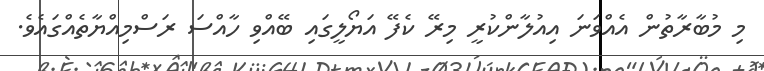
މި މުބާރާތުން އެއްވަނަ އިއުލާންކުރީ މިރޭ ކެފޭ އަޔޯލީގައި ބޭއްވި ހާއްސަ ރަސްމިއްޔާތެއްގައެވެ.